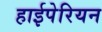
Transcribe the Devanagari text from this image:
हाईपेरियन